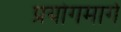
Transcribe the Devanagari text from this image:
प्रयोगमार्ग